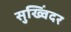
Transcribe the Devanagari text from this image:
सुख्विंदर